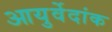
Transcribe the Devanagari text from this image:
आयुर्वेदांक